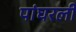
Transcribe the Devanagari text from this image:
पांघरली